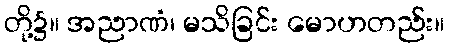
တို့၌။ အညာဏံ၊ မသိခြင်း မောဟတည်း။